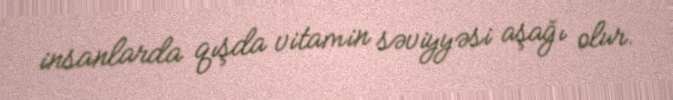
insanlarda qışda vitamin səviyyəsi aşağı olur.